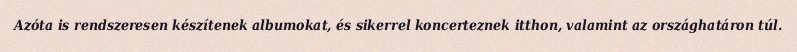
Azóta is rendszeresen készítenek albumokat, és sikerrel koncerteznek itthon, valamint az országhatáron túl.